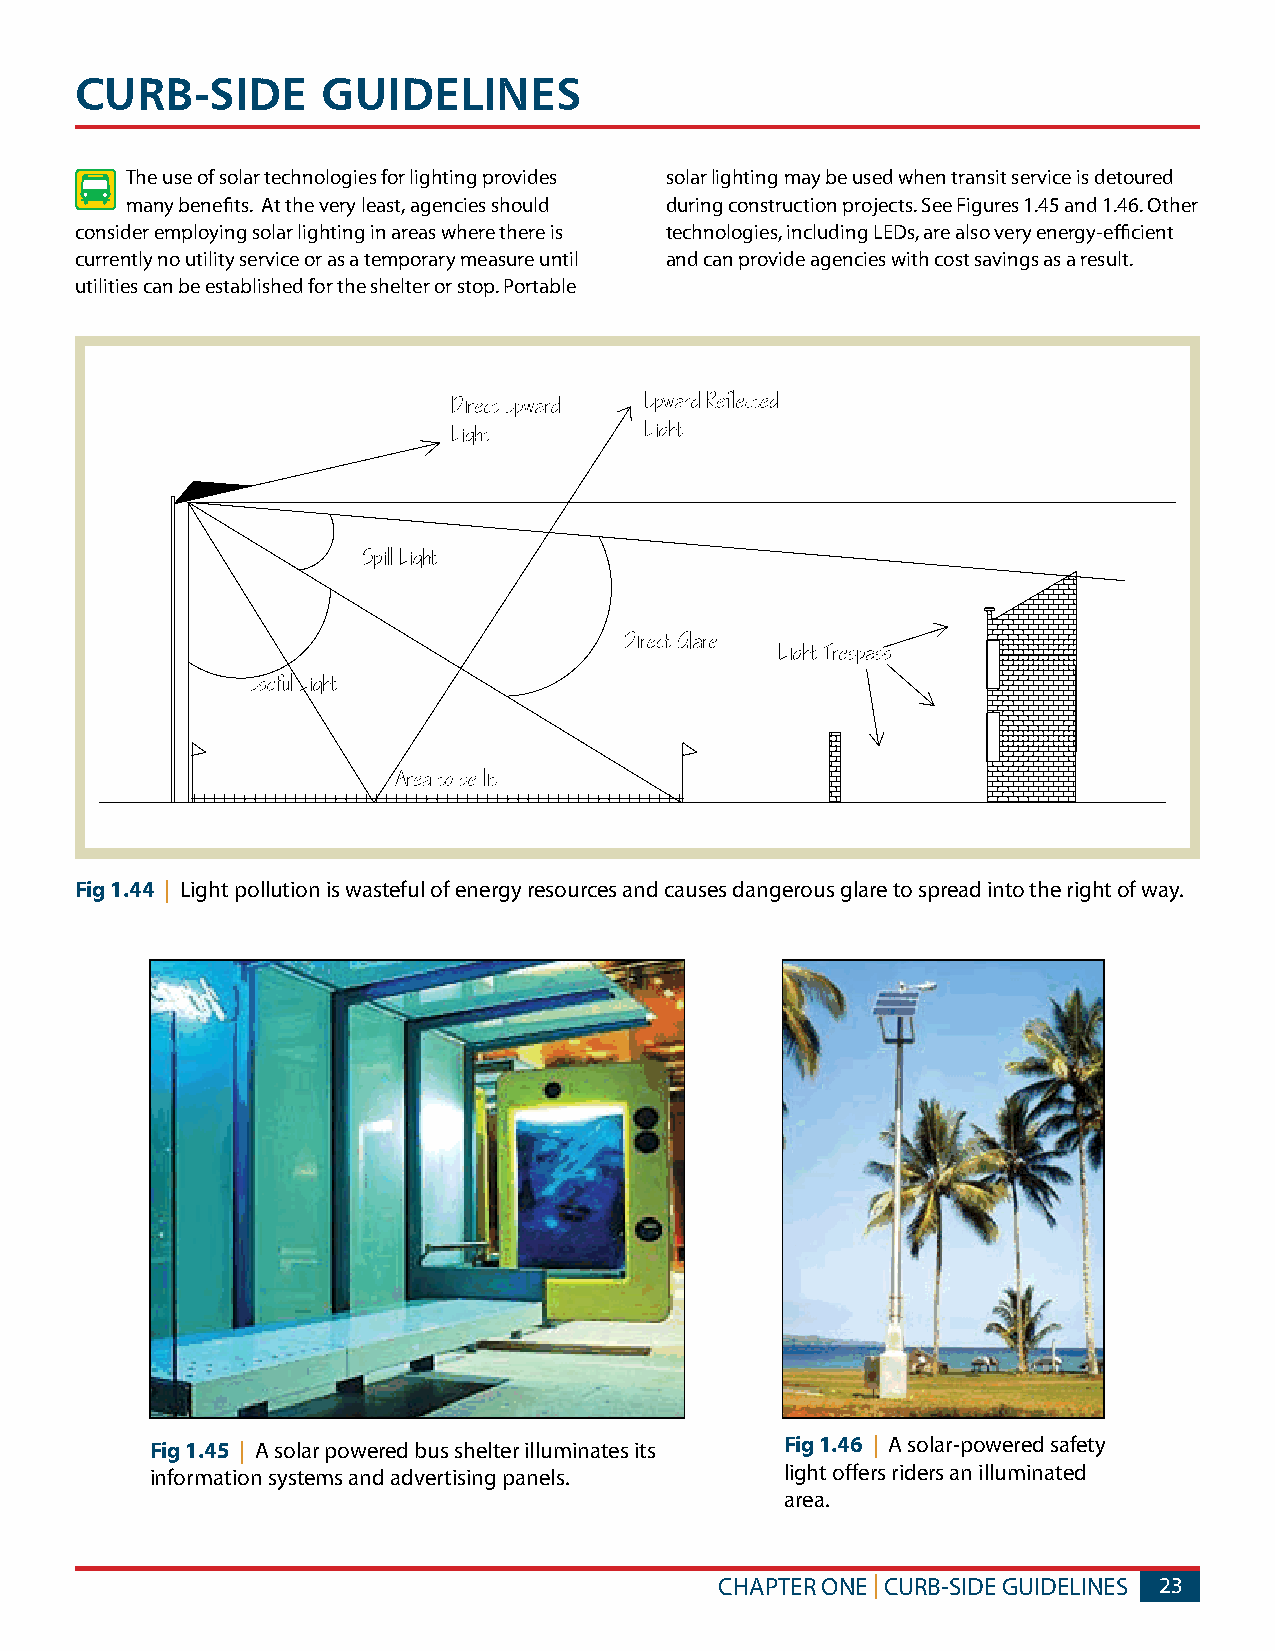
CURB-SIDE       GUIDELINES
 The use of solar technologies for lighting provides solar lighting may be used when transit service is detoured
 many benefits. At the very least, agencies should during construction projects. See Figures 1.45 and 1.46. Other
 consider employing solar lighting in areas where there is technologies, including LEDs, are also very energy-efficient
 currently no utility service or as a temporary measure until and can provide agencies with cost savings as a result.
 utilities can be established for the shelter or stop. Portable
 Fig 1.44 | Light pollution is wasteful of energy resources and causes dangerous glare to spread into the right of way.
 Fig 1.45 | A solar powered bus shelter illuminates its Fig 1.46 | A solar-powered safety
 information systems and advertising panels. light offers riders an illuminated
 area.
 CHAPTER ONE | CURB-SIDE GUIDELINES 23